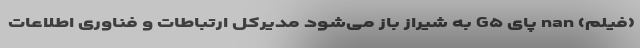
(فیلم) nan پای G۵ به شیراز باز می‌شود مدیرکل ارتباطات و فناوری اطلاعات